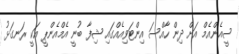
ސީއެންއެމް އަށް ދިން ހާއްސަ އިންޓަވިއެއްގައި ޝިފާ ބުނީ އެމްއެންޕީ އަކީ ރަނގަޅު